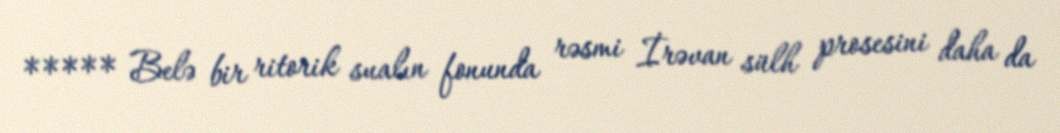
***** Belə bir ritorik sualın fonunda rəsmi İrəvan sülh prosesini daha da